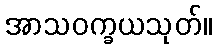
အာသဝက္ခယသုတ်။